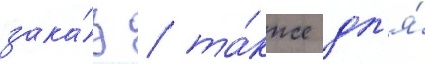
зака́з / та́кже дл'я́